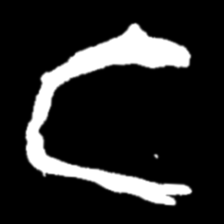
Pyu character \u2014 Myanmar letter: င (romanized: nga)